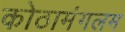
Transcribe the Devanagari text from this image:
कोठामंगलम